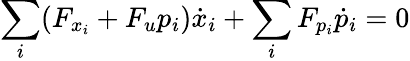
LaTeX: \sum_{i}(F_{x_{i}}+F_{u}p_{i}){\dot{x}}_{i}+\sum_{i}F_{p_{i}}{\dot{p}}_{i}=0